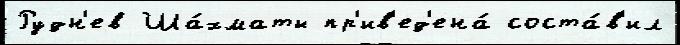
Рудн'ев Ша́хматы пр'ив'ед'ена́ соста́в'ил